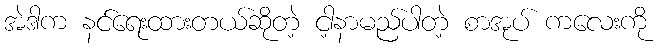
အဲဒါက နင်ရေးထားတယ်ဆိုတဲ့ ငါ့နာမည်ပါတဲ့ စာအုပ် ကလေးကို